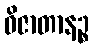
ဝိဇာတာနဉ္စ